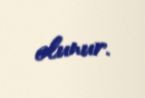
olunur.